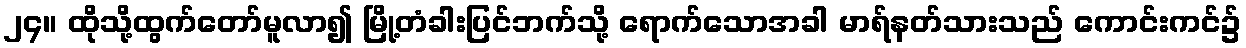
၂၄။ ထိုသို့ထွက်တော်မူလာ၍ မြို့တံခါးပြင်ဘက်သို့ ရောက်သောအခါ မာရ်နတ်သားသည် ကောင်းကင်၌